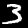
Digit: 3